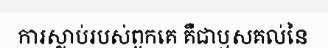
ការស្លាប់របស់ពួកគេ គឺជាឫសគល់នៃ